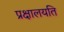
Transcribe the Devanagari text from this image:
प्रक्षालयति